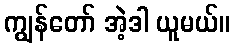
ကျွန်တော် အဲ့ဒါ ယူမယ်။